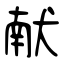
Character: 献